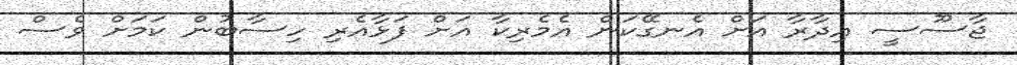
ޖާސޫސީ އިދާރާ އަށް އެނގޭކަން އެމެރިކާ އަށް ފަޅާއެރި ހިސާބުން ކަމަށް ވެސް